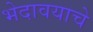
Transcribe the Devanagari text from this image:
भेदावयाचे